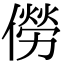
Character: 僗